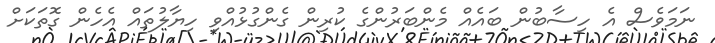
ނަމަވެސް އެ ހިސާބުން ބައެއް މެންބަރުންގެ ކުރިން ގެންގުޅުއްވި ހިޔާލުތައް އެހެން ގޮތަކަށް